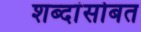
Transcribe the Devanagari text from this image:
शब्दांसोबत